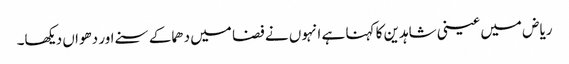
ریاض میں عینی شاہدین کا کہنا ہے انہوں نے فضا میں دھماکے سنے اور دھواں دیکھا۔